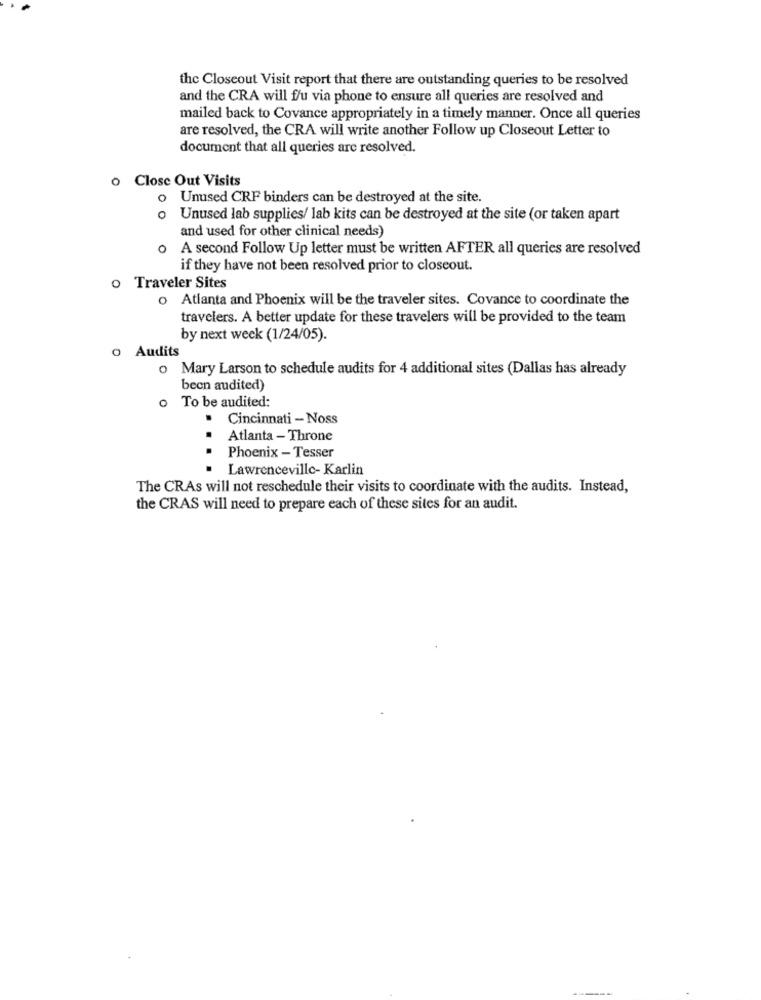
the Closeout Visit report that there are outstanding queries to be resolved
and the CRA will f/u via phone to ensure all queries are resolved and
mailed back to Covance appropriately in a timely manner. Once all queries
are resolved, the CRA will write another Follow up Closeout Letter to
document that all queries are resolved.
o Close Out Visits
o Unused CRF binders can be destroyed at the site.
o Unused lab supplies/ lab kits can be destroyed at the site (or taken apart
and used for other clinical needs)
o A second Follow Up letter must be written AFTER all queries are resolved
if they have not been resolved prior to closeout.
o Traveler Sites
o Atlanta and Phoenix will be the traveler sites. Covance to coordinate the
travelers. A better update for these travelers will be provided to the team
by next week (1/24/05).
o Audits
o Mary Larson to schedule audits for 4 additional sites (Dallas has already
been audited)
To be audited:
Cincinnati - Noss
..
Atlanta - Throne
. Phoenix - Tesser
· Lawrenceville- Karlin
The CRAs will not reschedule their visits to coordinate with the audits. Instead,
the CRAS will need to prepare each of these sites for an audit.